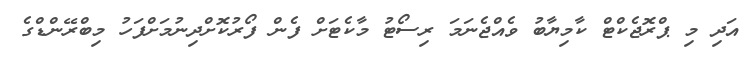
އަދި މި ޕްރޮޖެކްޓް ކާމިޔާބު ވެއްޖެނަމަ ރިސޯޓު މާކެޓަށް ފެން ފޯރުކޮށްދިނުމަށްފަހު މިބްރޭންޑްގެ